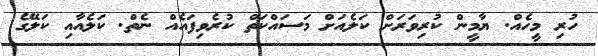
ހުރި މީހެއް. ޔާމީން ކުރިވަރަށް ކަލެއަށް މަސައްކަތް ކުރެވިފައެއް ނެތް. ކަލެއާއި ކަލޭގެ